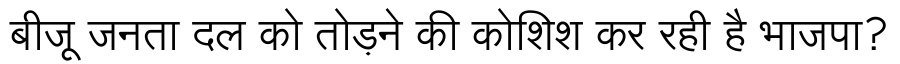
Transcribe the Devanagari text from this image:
बीजू जनता दल को तोड़ने की कोशिश कर रही है भाजपा?